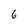
Character: 6